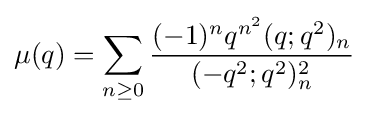
\mu (q)=\sum _{n\geq 0}{\frac {(-1)^{n}q^{n^{2}}(q;q^{2})_{n}}{(-q^{2};q^{2})_{n}^{2}}}